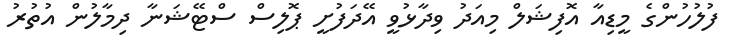
ފުލުހުންގެ މީޑިއާ އޮފިޝަލް މިއަދު ވިދާޅުވީ އޭދަފުށީ ޕޮލިސް ސްޓޭޝަނާ ދިމާލުން އުތުރު